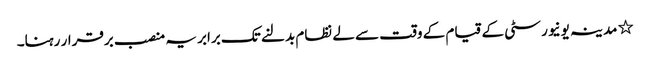
٭ مدینہ یونیورسٹی کے قیام کے وقت سے لے نظام بدلنے تک برابر یہ منصب برقرار رہنا۔